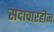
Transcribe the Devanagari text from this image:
सदाचारहीन